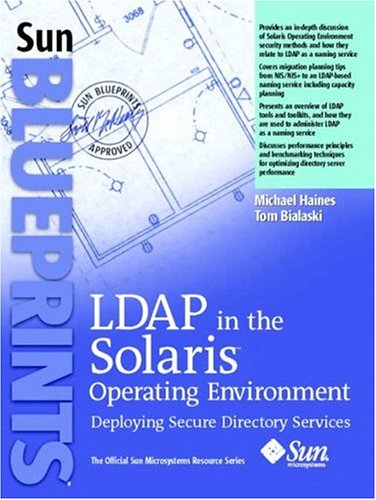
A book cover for LDAP in the Solaris Operating Environment: Deploying Secure Directory Services; Michael Haines; Computers & Technology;